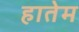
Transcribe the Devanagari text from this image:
हातेम